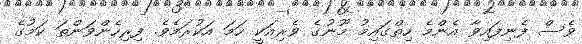
ވެސް ފެނިފައިވާ އެންމެ ހިތްގައިމު މޫނުގެ ވެރިއަކީ ހަމަ އަކުރަމެވެ. ފިރިހެންވަންތަ ކަމުގެ